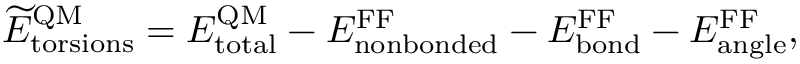
\widetilde E _ { \mathrm { t o r s i o n s } } ^ { \mathrm { Q M } } = E _ { \mathrm { t o t a l } } ^ { \mathrm { Q M } } - E _ { \mathrm { n o n b o n d e d } } ^ { \mathrm { F F } } - E _ { \mathrm { b o n d } } ^ { \mathrm { F F } } - E _ { \mathrm { a n g l e } } ^ { \mathrm { F F } } ,